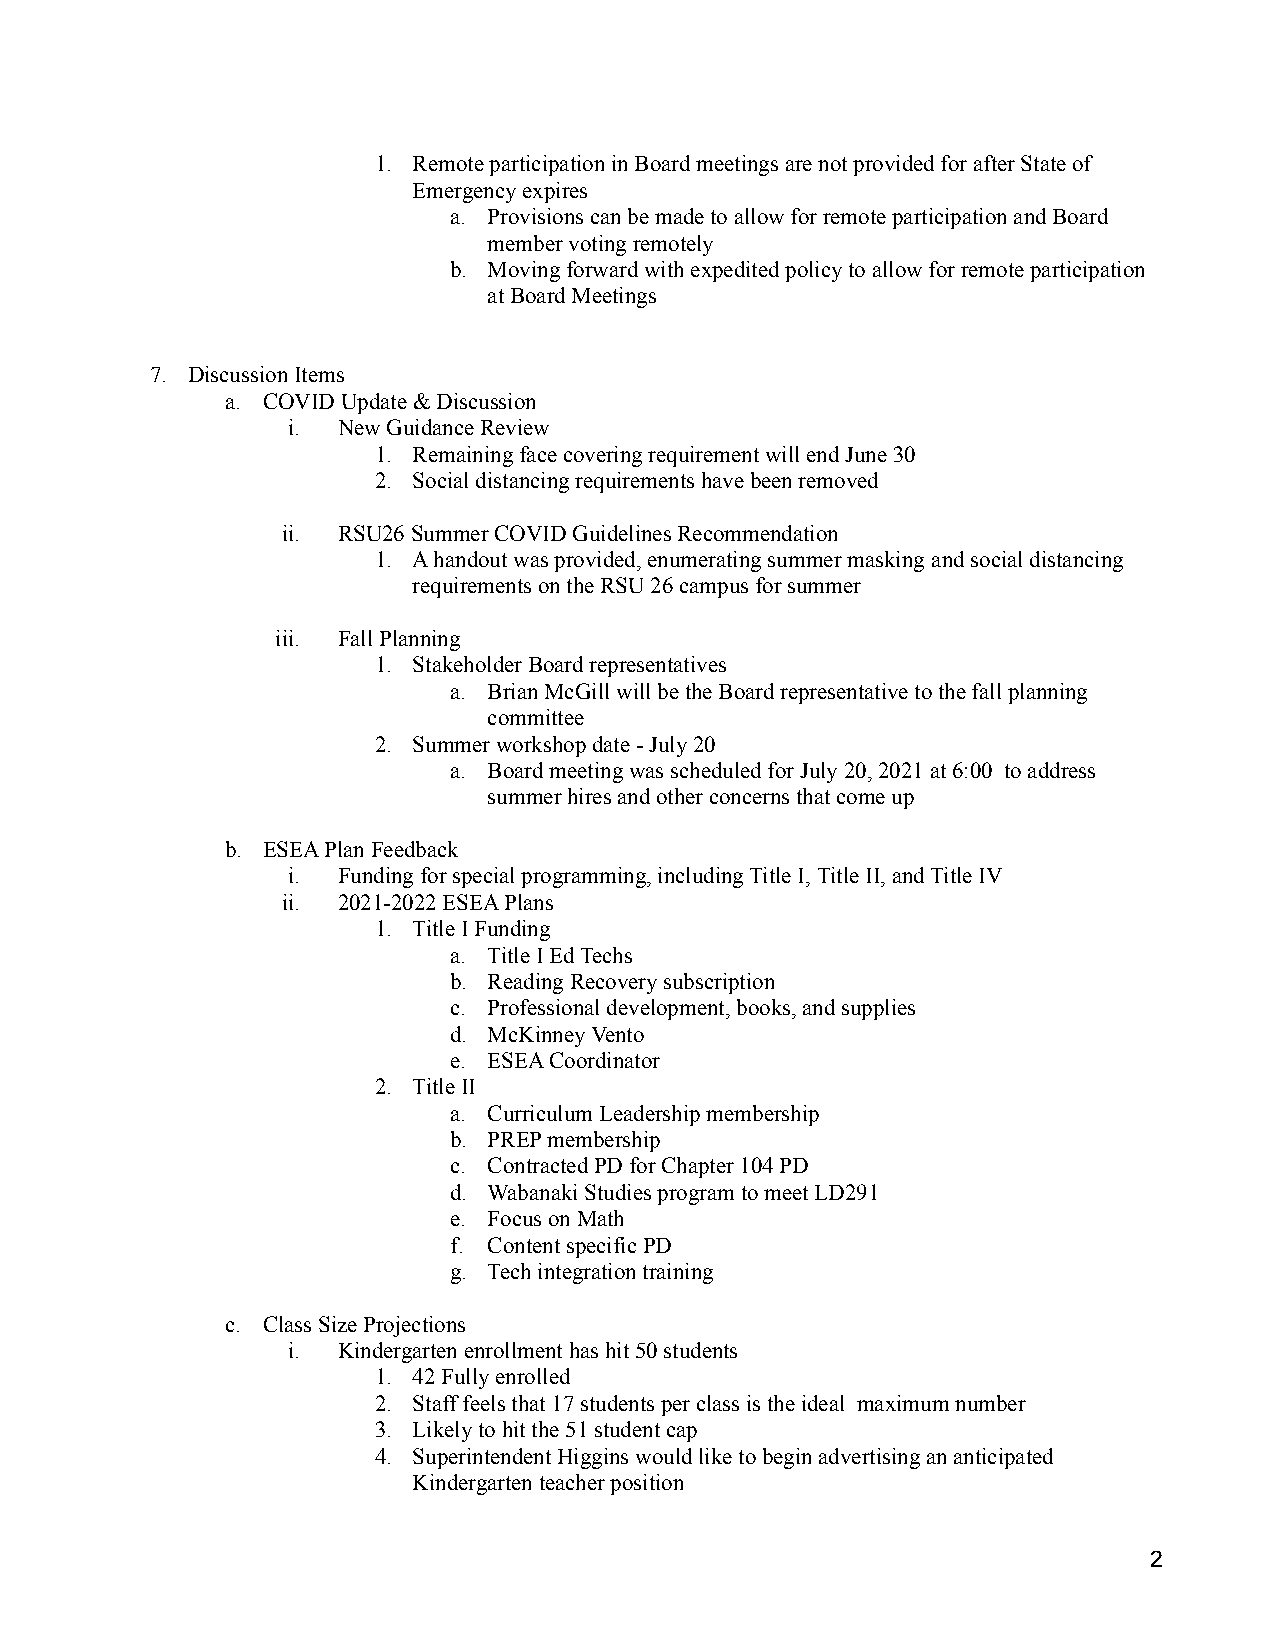
1. Remote participation in Board meetings are not provided for after State of
 Emergency expires
 a. Provisions can be made to allow for remote participationand Board
 member voting remotely
 b. Moving forward with expedited policy to allow forremote participation
 at Board Meetings
 7. Discussion Items
 a. COVID Update & Discussion
 i. New Guidance Review
 1. Remaining face covering requirement will end June30
 2. Social distancing requirements have been removed
 ii. RSU26 Summer COVID Guidelines Recommendation
 1. A handout was provided, enumerating summer masking and social distancing
 requirements on the RSU 26 campus for summer
 iii. Fall Planning
 1. Stakeholder Board representatives
 a. Brian McGill will be the Board representative to thefall planning
 committee
 2. Summer workshop date - July 20
 a. Board meeting was scheduled for July 20, 2021 at 6:00 to address
 summer hires and other concerns that come up
 b. ESEA Plan Feedback
 i. Funding for special programming, including Title I,Title II, and Title IV
 ii. 2021-2022 ESEA Plans
 1. Title I Funding
 a. Title I Ed Techs
 b. Reading Recovery subscription
 c. Professional development, books, and supplies
 d. McKinney Vento
 e. ESEA Coordinator
 2. Title II
 a. Curriculum Leadership membership
 b. PREP membership
 c. Contracted PD for Chapter 104 PD
 d. Wabanaki Studies program to meet LD291
 e. Focus on Math
 f. Content specific PD
 g. Tech integration training
 c. Class Size Projections
 i. Kindergarten enrollment has hit 50 students
 1. 42 Fully enrolled
 2. Staff feels that 17 students per class is the ideal maximum number
 3. Likely to hit the 51 student cap
 4. Superintendent Higgins would like to begin advertisingan anticipated
 Kindergarten teacher position
 2